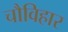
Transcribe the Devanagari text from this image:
चौविहार